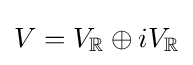
V=V_{\mathbb {R} }\oplus iV_{\mathbb {R} }